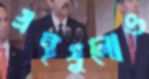
গ্রন্থগুলোও